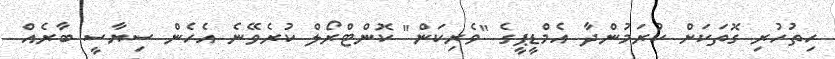
ހިތުހުރި ގޮތަކަށް ކުރަމުންދާ އެމްޑީޕީގެ "ވެރިކަން" ކޮންޓްރޯލް ކުރެވޭނެ އެހެން ސިޔާސީ ބާރެއް